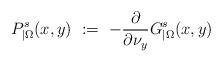
LaTeX: \begin{align*}P_{|\Omega}^s(x,y)\ :=\ -\frac{\partial}{\partial\nu_y} G^s_{|\Omega}(x,y)\end{align*}